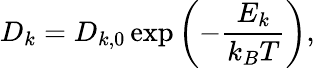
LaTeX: D_{k}=D_{k,0}\exp\left(-\frac{E_{k}}{k_{B}T}\right),